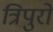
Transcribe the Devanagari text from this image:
त्रिपुरों